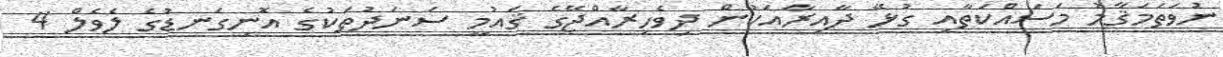
ނުވަތަމަޤާމު މަސައްކަތާއި ގުޅޭ ދާއިރާއަކުން ދިވެހިރާއްޖޭގެ ޤައުމީ ސަނަދުތަކުގެ އޮނިގަނޑުގެ ލެވެލް 4